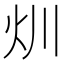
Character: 𤆑